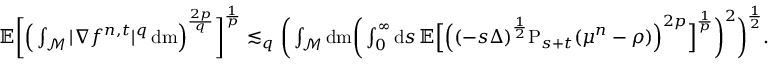
\begin{array} { r } { \mathbb { E } \bigg [ \Big ( \int _ { \mathcal { M } } \vert \nabla f ^ { n , t } \vert ^ { q } \, \mathrm { d } \mathrm { m } \Big ) ^ { \frac { 2 p } { q } } \bigg ] ^ { \frac { 1 } { p } } \lesssim _ { q } \bigg ( \int _ { \mathcal { M } } \mathrm { d } \mathrm { m } \bigg ( \int _ { 0 } ^ { \infty } \mathrm { d } s \, \mathbb { E } \Big [ \Big ( ( - s \Delta ) ^ { \frac { 1 } { 2 } } \mathrm { P } _ { s + t } ( \mu ^ { n } - \rho ) \Big ) ^ { 2 p } \Big ] ^ { \frac { 1 } { p } } \bigg ) ^ { 2 } \bigg ) ^ { \frac { 1 } { 2 } } . } \end{array}